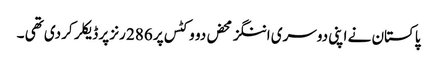
پاکستان نے اپنی دوسری اننگز محض دو وکٹس پر 286 رنز پر ڈیکلر کردی تھی ۔